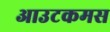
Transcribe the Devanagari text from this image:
आउटकमस